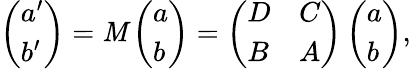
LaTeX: \left(\begin{array}{l}{{a^{\prime}}}\\ {{b^{\prime}}}\end{array}\right)=\mathit{M}\left(\begin{array}{l}{{a}}\\ {{b}}\end{array}\right)=\left(\begin{array}{ll}{{D}}&{{C}}\\ {{B}}&{{A}}\end{array}\right)\left(\begin{array}{l}{{a}}\\ {{b}}\end{array}\right),